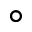
^ \circ